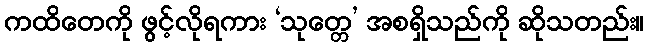
ကထိတေကို ဖွင့်လိုရကား ‘သုတ္တေ’ အစရှိသည်ကို ဆိုသတည်း။